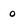
Character: 0